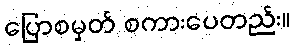
ပြောစမှတ် စကားပေတည်း။